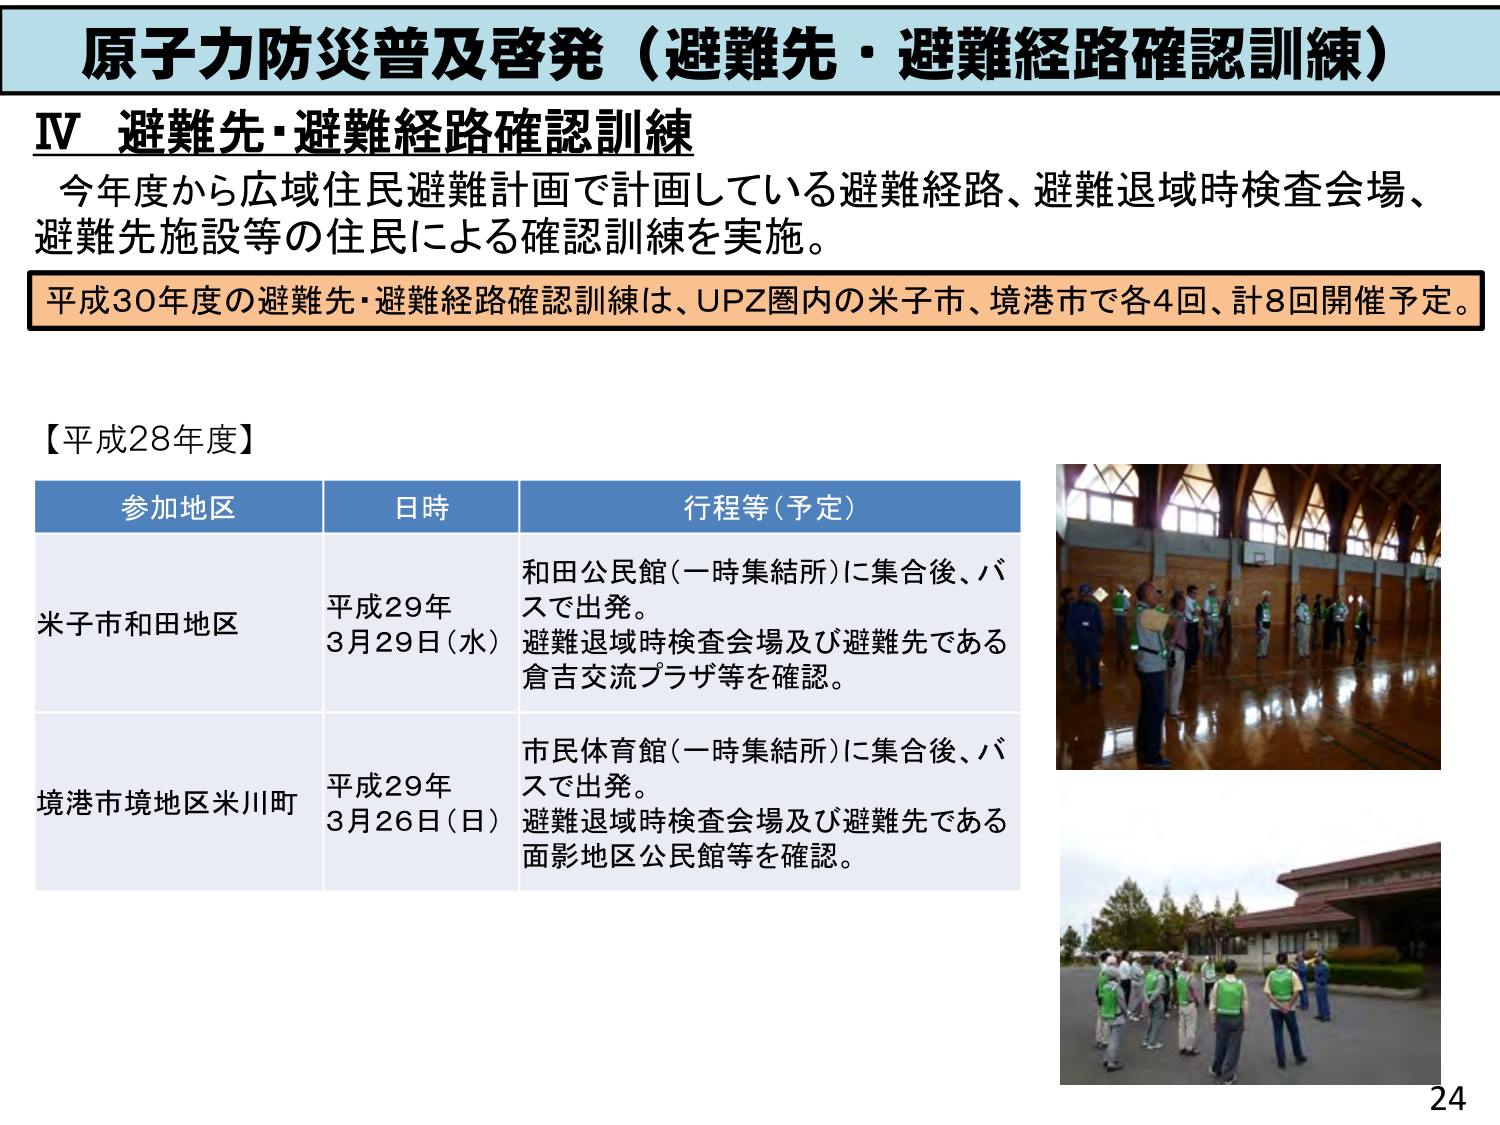
原子力防災普及啓発（避難先・避難経路確認訓練）

Ⅳ 避難先・避難経路確認訓練
今年度から広域住民避難計画で計画している避難経路、避難退域時検査会場、
避難先施設等の住民による確認訓練を実施。
平成30年度の避難先・避難経路確認訓練は、UPZ圏内の米子市、境港市で各4回、計8回開催予定。

【平成28年度】

参加地区　　　　　日時　　　　　　行程等（予定）
米子市和田地区　　平成29年　　　　和田公民館（一時集結所）に集合後、バ
　　　　　　　　　3月29日（水）　　スで出発。
　　　　　　　　　　　　　　　　　避難退域時検査会場及び避難先である
　　　　　　　　　　　　　　　　　倉吉交流プラザ等を確認。
境港市境地区米川町　平成29年　　　市民体育館（一時集結所）に集合後、バ
　　　　　　　　　3月26日（日）　　スで出発。
　　　　　　　　　　　　　　　　　避難退域時検査会場及び避難先である
　　　　　　　　　　　　　　　　　面影地区公民館等を確認。

24